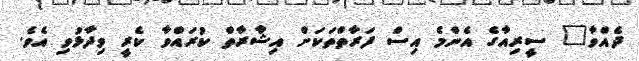
ދެއްވާ" ސީރިއާގެ އެންމެ އިސް ފަރާތްތަކަށް އިޝާރާތް ކުރައްވާ ކެރީ ވިދާޅުވި އެވެ.